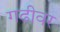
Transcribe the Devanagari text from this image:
गढीवर